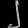
Digit: ၂